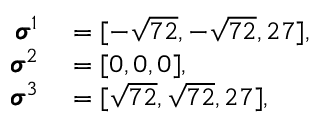
\begin{array} { r l } { \pmb { \sigma } ^ { 1 } } & { { } = [ - \sqrt { 7 2 } , - \sqrt { 7 2 } , 2 7 ] , } \\ { \pmb { \sigma } ^ { 2 } } & { { } = [ 0 , 0 , 0 ] , } \\ { \pmb { \sigma } ^ { 3 } } & { { } = [ \sqrt { 7 2 } , \sqrt { 7 2 } , 2 7 ] , } \end{array}